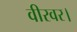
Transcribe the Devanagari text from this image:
वीरवर।